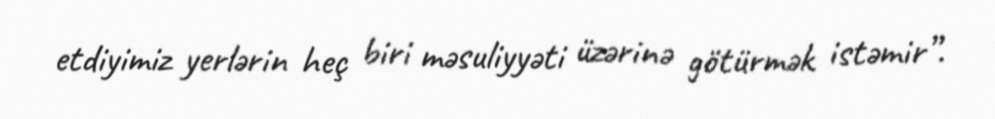
etdiyimiz yerlərin heç biri məsuliyyəti üzərinə götürmək istəmir”.